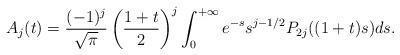
LaTeX: \begin{align*}A_j (t) = \frac{(-1)^j}{\sqrt\pi}\left(\frac{1+t}{2}\right)^j\int_0^{+\infty}e^{-s}s^{j-1/2}P_{2j}((1 + t)s)ds.\end{align*}